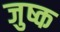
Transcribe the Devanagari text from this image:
जुष्क